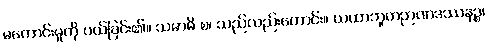
မကောင်းမှုကို ပယ်ခြင်း၏။ သမာဓိ စ၊ သည်လည်းကောင်း။ ယထာဘူတဉာဏဒဿနဉ္စ၊